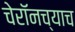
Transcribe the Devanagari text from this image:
चेरॉनच्याच